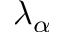
\lambda _ { \alpha }